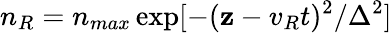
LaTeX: n_{R}=n_{max}\exp[-(\mathbf{z}-v_{R}t)^{2}/\Delta^{2}]